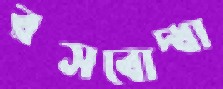
রসবোদ্ধা